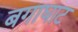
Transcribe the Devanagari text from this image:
बगाघाट